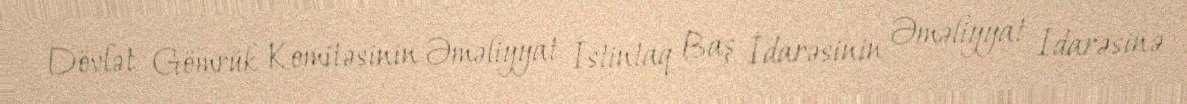
Dövlət Gömrük Komitəsinin Əməliyyat İstintaq Baş İdarəsinin Əməliyyat İdarəsinə